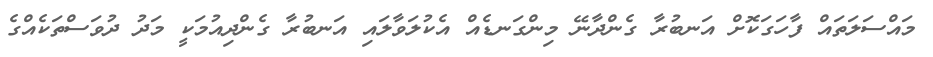
މައްސަލަތައް ފާހަގަކޮށް އަނބުރާ ގެންދާނޭ މިންގަނޑެއް އެކުލަވާލައި އަނބުރާ ގެންދިއުމަކީ މަދު ދުވަސްތަކެއްގެ